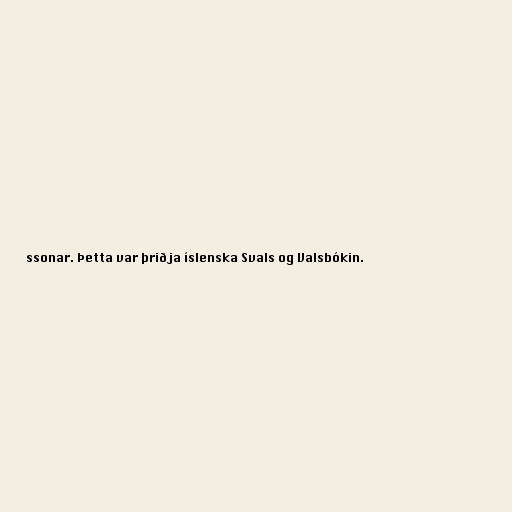
ssonar. Þetta var þriðja íslenska Svals og Valsbókin.